Lunatic asylums United Prov. 1922-30 - 1922-1930
Year: 1922
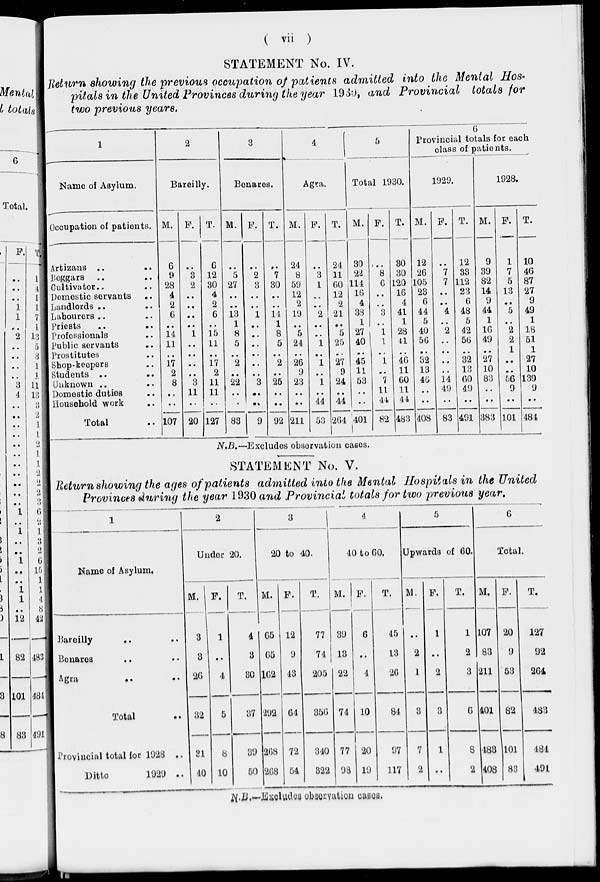
( vii )
STATEMENT No. IV.
Return showing the previous occupation of patients admitted into the Mental Hos-
pitals in the United Provinces during the year 1930, and Provincial
totals for
two previous years.
1
Name of Asylum.
Occupation of patients.
Artizans .. ..
Beggars .. ..
Cultivator.. ..
Domestic servants ..
Landlords .. ..
Labourers .. ..
Priests .. ..
Professionals ..
Public servants
..
Prostitutes ..
Shop-keepers ..
Students .. ..
Unknown .. ..
Domestic duties ..
Household work ..
Total
2
Bareilly.
M.
6
9
28
4
2
6
..
14
11
..
17
2
8
..
..
107
F.
..
3
2
..
..
..
..
1
..
..
..
..
3
11
..
20
T.
6
12
30
4
2
6
..
15
11
..
17
2
11
11
..
127
3
Benares.
M.
..
5
27
..
..
13
1
8
5
..
2
..
22
..
..
83
F.
..
2
3
..
..
1
..
..
..
..
..
..
3
..
..
9
T.
..
7
30
..
..
14
1
8
5
..
2
..
25
..
..
92
4
Agra.
M.
24
8
59
12
2
19
..
5
24
..
26
9
23
..
..
211
F.
..
3
1
..
..
2
..
.. 1
..
1
..
1
..
44
53
T.
24
11
60
12
2
21
..
5
25
..
27
9
24
..
44
264
5
Total 1930.
M.
30
22
114
16
4
38
1
27
40
..
45
11
53
..
..
401
F.
..
8
6
..
..
3
..
1
1
..
1
..
7
11
44
82
T.
30
30
120
16
4
41
1
28
41
..
46
11
60
11
44
483
6
Provincial totals for each
class of patients.
1929.
M.
12
26
105
23
6
44
5
40
56
..
32
13
46
..
..
408
F.
..
7
7
..
..
4
..
2
..
..
..
..
14
49
..
83
T.
12
33
112
23
6
48
5
42
56
..
32
13
60
49
..
491
1928.
M.
9
39
82
14
9
44
1
16
49
..
27
10
83
..
..
383
F.
1
7
5
13
..
5
..
2
2
1
..
..
56
9
..
101
T.
10
46
87
27
9
49
1
18
51
1
27
10
139
9
..
484
N.B.—Excludes observation cases.
STATEMENT No. V.
Return showing the ages of patients admitted into the Mental Hospitals in the United
Provinces during the year 1930 and Provincial totals for two previous year.
1
Name of Asylum.
Bareilly .. ..
Benares .. ..
Agra
..
..
Total ..
Provincial total for 1928 ..
Ditto
1929 ..
2
Under 20.
M.
3
3
26
32
31
40
F.
1
..
4
5
8
10
T.
4
3
30
37
39
50
3
20 to 40.
M.
65
65
162
292
268
268
F.
12
9
43
64
72
54
T.
77
74
205
356
340
822
4
40 to 60.
M.
39
13
22
74
77
98
F.
6
..
4
10
20
19
T.
45
13
26
84
97
117
5
Upwards of 60.
M.
..
2
1
3
7
2
F.
1
..
2
3
1
..
T.
1
2
3
6
8
2
6
Total.
M.
107
83
211
401
483
408
F.
20
9
53
82
101
83
T.
127
92
264
483
484
491
N.B.—Excludes observation cases.